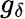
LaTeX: g_{\delta}